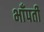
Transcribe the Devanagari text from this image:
भाँपती